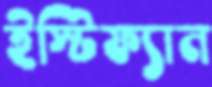
ইস্টিফ্যান